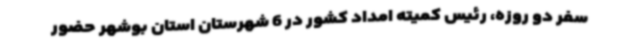
سفر دو روزه، رئیس کمیته امداد کشور در 6 شهرستان استان بوشهر حضور